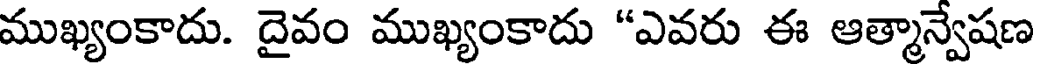
ముఖ్యంకాదు. దైవం ముఖ్యంకాదు "ఎవరు ఈ ఆత్మాన్వేషణ